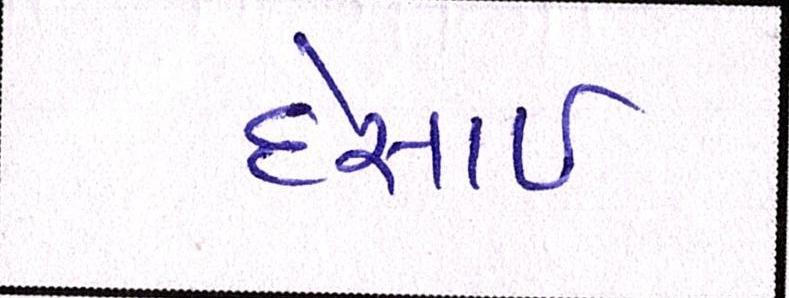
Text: દેસાઇ